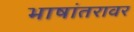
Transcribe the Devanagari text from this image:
भाषांतरावर